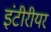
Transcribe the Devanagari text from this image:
इंटीरीयर